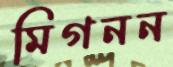
মিগনন